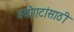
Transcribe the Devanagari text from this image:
वयोगटांसाठी